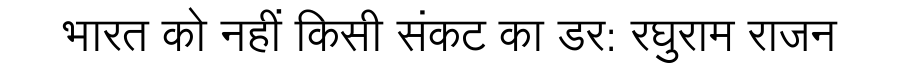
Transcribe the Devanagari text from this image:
भारत को नहीं किसी संकट का डर: रघुराम राजन